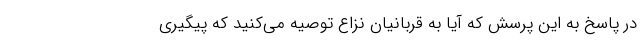
در پاسخ به این پرسش که آیا به قربانیان نزاع توصیه می‌کنید که پیگیری